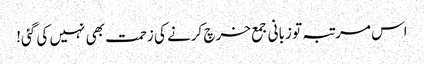
اس مرتبہ تو زبانی جمع خرچ کرنے کی زحمت بھی نہیں کی گئی!